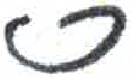
אות: ס